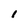
Character: I